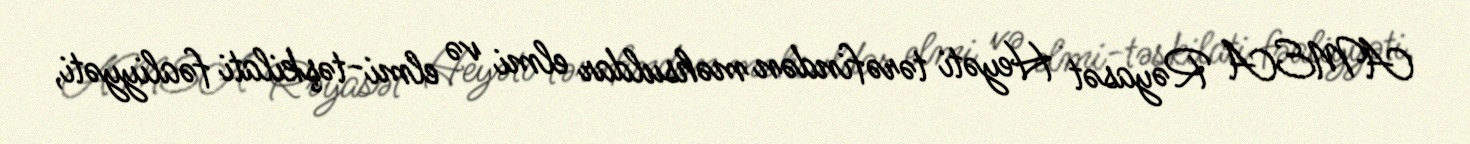
AMEA Rəyasət Heyəti tərəfindən məhsuldar elmi və elmi-təşkilati fəaliyyəti,